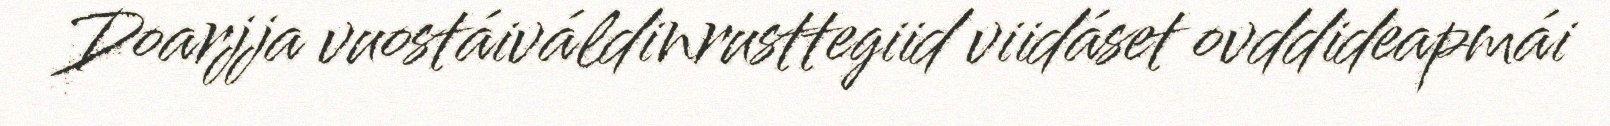
Doarjja vuostáiváldinrusttegiid viidáset ovddideapmái